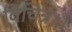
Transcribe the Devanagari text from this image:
विचित्र।।